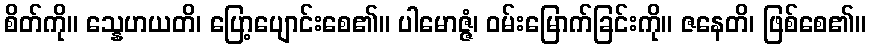
စိတ်ကို။ သ္နေဟယတိ၊ ပြော့ပျောင်းစေ၏။ ပါမောဇ္ဇံ၊ ဝမ်းမြောက်ခြင်းကို။ ဇနေတိ၊ ဖြစ်စေ၏။